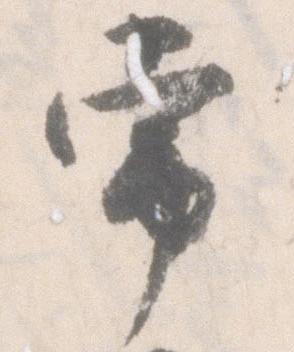
常